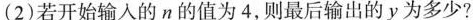
(2)若开始输入的n的值为4，则最后输出的y为多少?